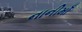
નાનીમાઁ